Vaccination in Burma 1920-1933 - 1920-1933
Year: 1920
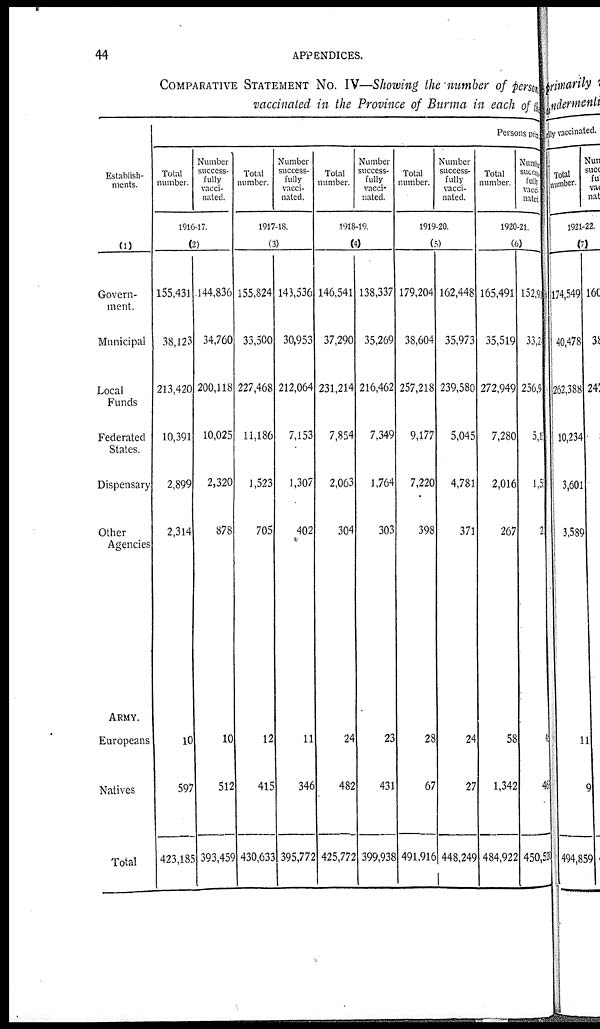
44
APPENDICES.
COMPARATIVE STATEMENT No. IV—Showing the number of persons
vaccinated in the Province of Burma in each of the
Establish-
ments.
(1)
Govern-
ment.
Municipal
Local
Funds
Federated
States.
Dispensary
Other
Agencies
ARMY.
Europeans
Natives
Total
Persons pri
Total
number.
Number
success-
fully
vacci-
nated.
1916-17.
(2)
155,431
38,123
213,420
10,391
2,899
2,314
10
597
423,185
144,836
34,760
200,118
10,025
2,320
878
10
512
393,459
Total
number.
Number
success-
fully
vacci-
nated.
1917-18.
(3)
155,824
33,500
227,468
11,186
1,523
705
12
415
430,633
143,536
30,953
212,064
7,153
1,307
402
11
346
395,772
Total
number.
Number
success-
fully
vacci-
nated.
1918-19.
(4)
146,541
37,290
231,214
7,854
2,063
304
24
482
425,772
138,337
35,269
216,462
7,349
1,764
303
23
431
399,938
Total
number.
Number
success-
fully
vacci-
nated.
1919-20.
(5)
179,204
38,604
257,218
9,177
7,220
398
28
67
491,916
162,448
35,973
239,580
5,045
4,781
371
24
27
448,249
Total
number.
Number
success
fully
vacc-
nated
1920-21.
(6)
165,491
35,519
272,949
7,280
2,016
267
58
1,342
484,922
152,95
33,2
256,9
5,1
1,5
2
4
46
450,526